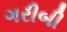
ગરીબી